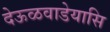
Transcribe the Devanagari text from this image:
देऊळवाडेयासि